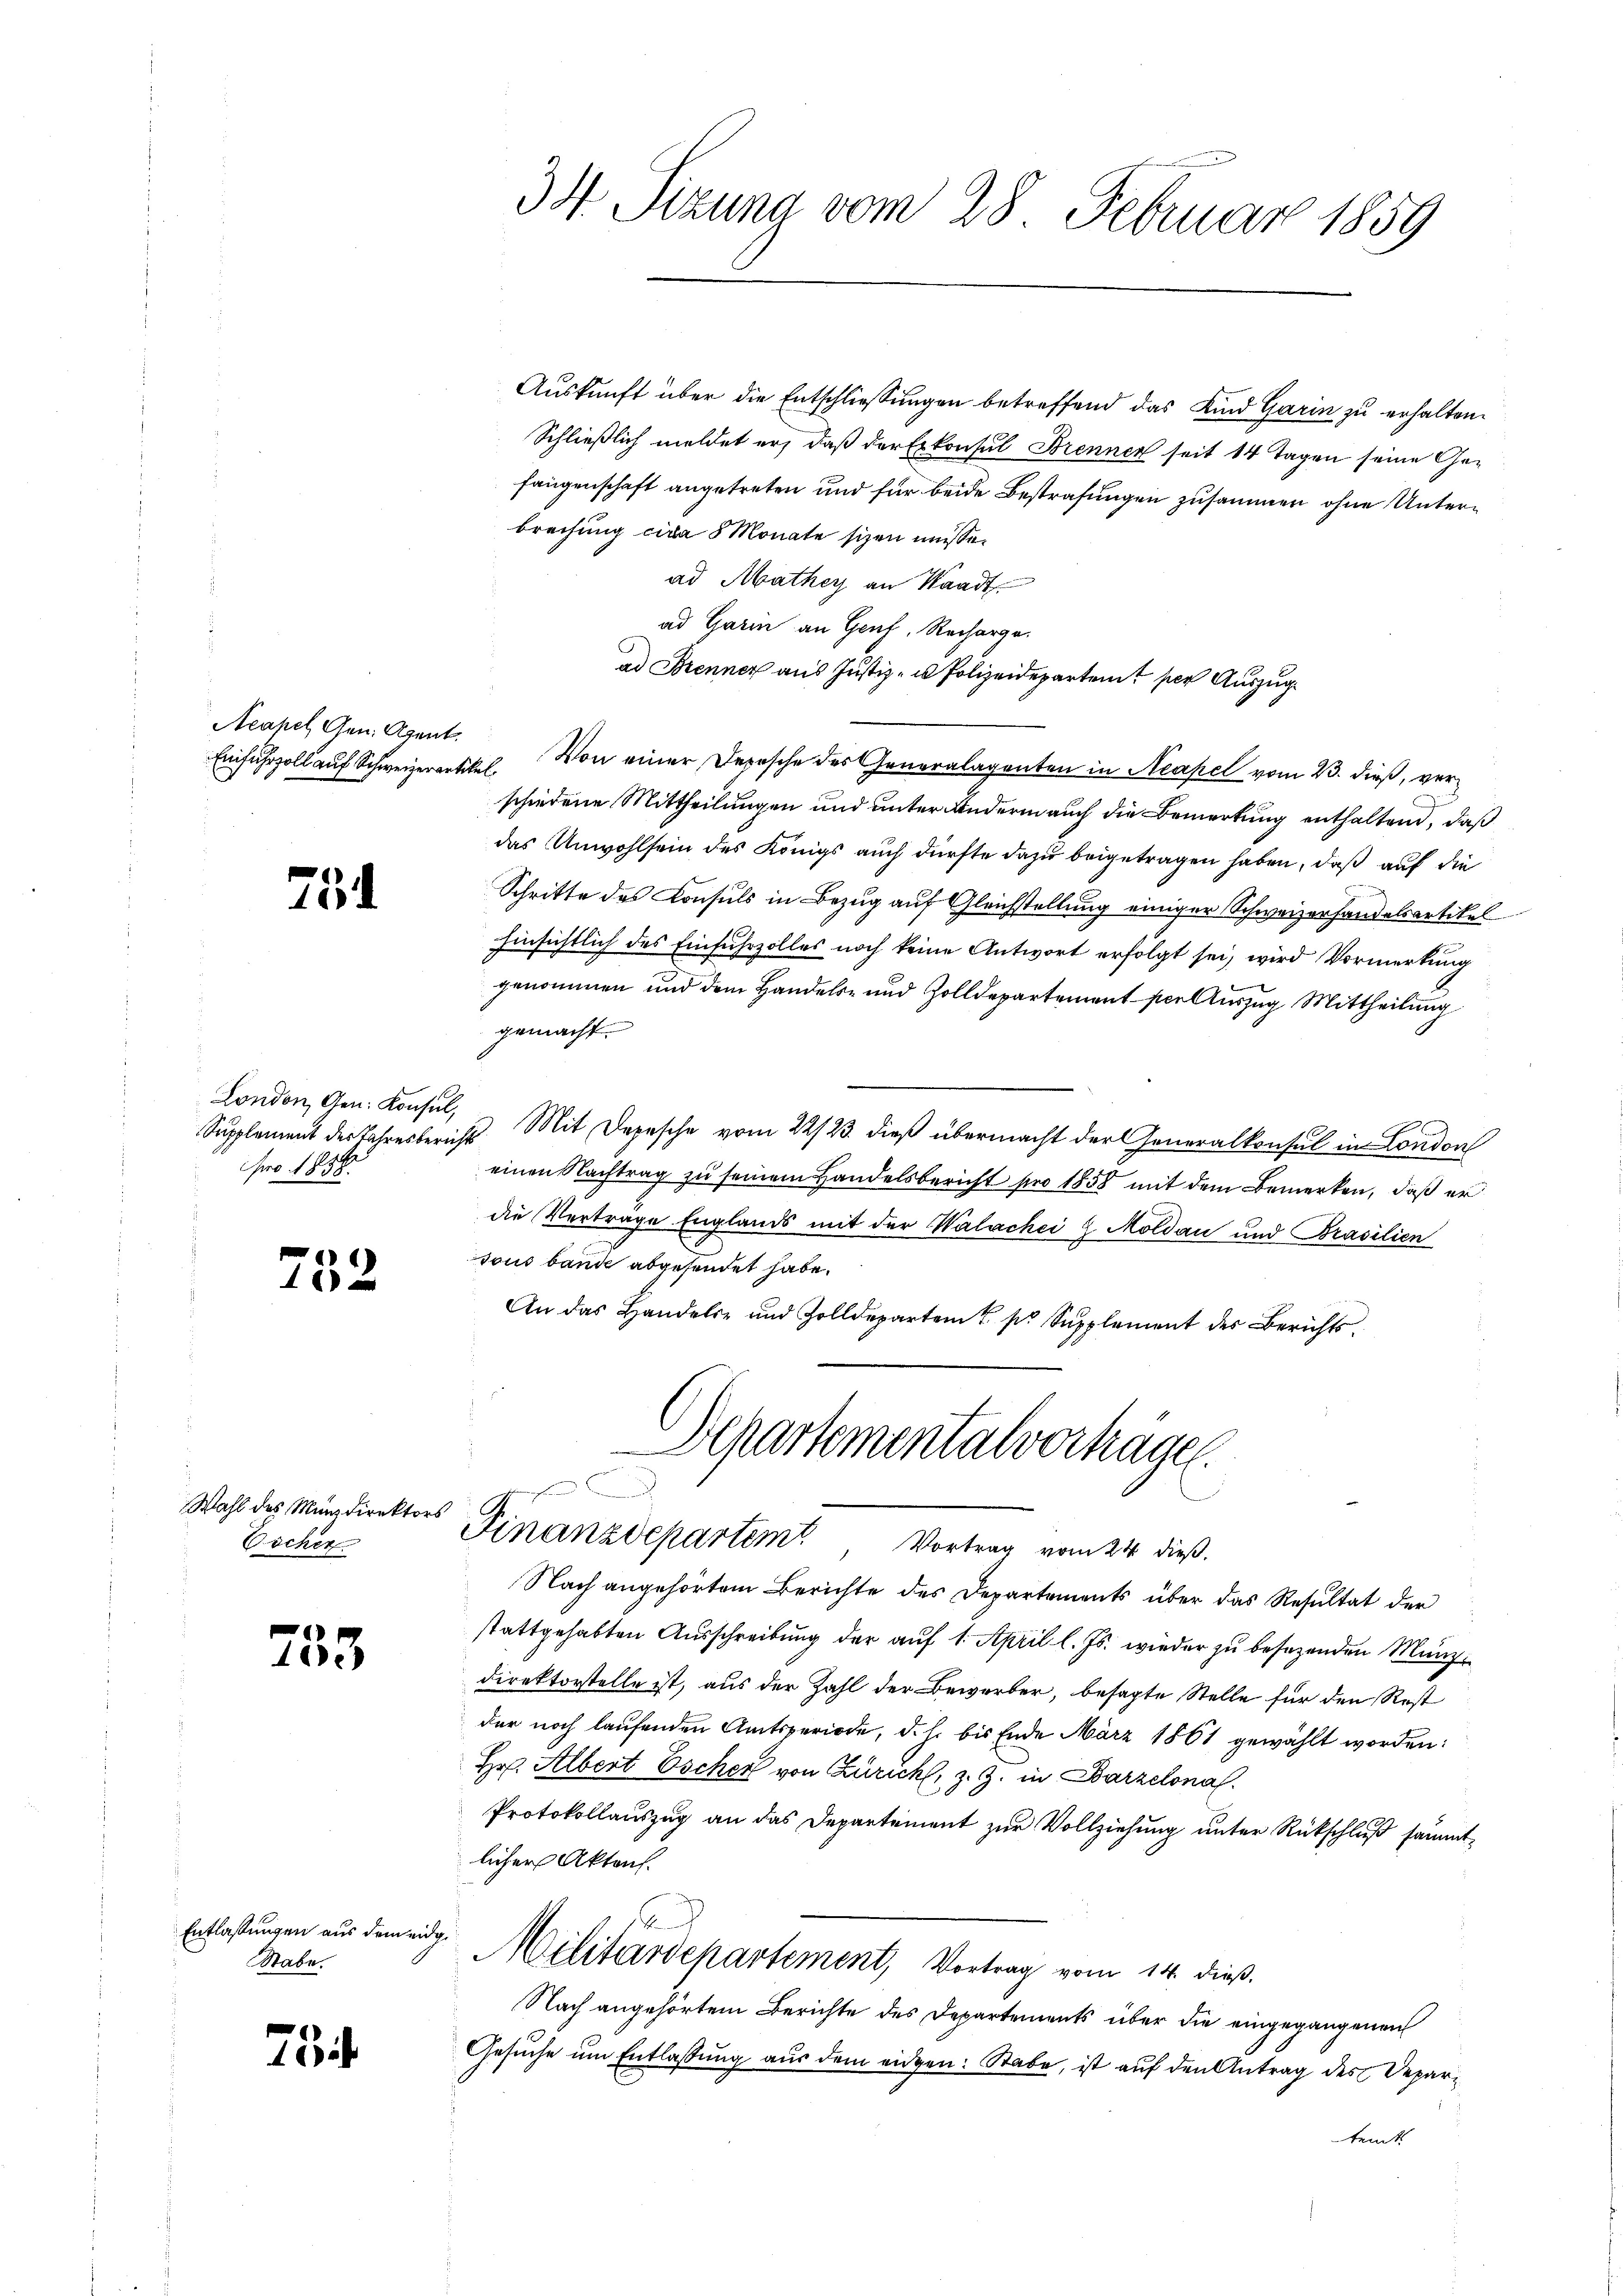
Acapel Gen. Agent.

754

London, Gen. Konsul,
Supplement der Jahresber
ro 1858.

752

253

75

Wahl des Münzdirektors
Escher

Entlassungen aus dem eidg
Stabe.

34 Sizung vom 28. Februar 1859

Auskunft über die Entschliessungen betreffend das Kind Garin zu erhalten.
Schließlich meldet er, daß der Exkonsul Brennen seit 14 Tagen seine Gefangenschaft angetreten und für beide Bestrafungen zusammen ohne Unterbrechung cira 5 Monate sizen müsse.
ad Mathey an Waadt
ad Garin an Genf, Recharge.
ad Brenner aus Justiz- u Polizeidepartent per Auszug
Einfuhrzoll auf Schweizerantikel. Von einer Depesche des Generalagenten in Neapel vom 23. dieß, verschiedene Mittheilungen und unter Andern auch die Bemerkung enthaltend, daß
das Unwohlsein des Königs auch dürfte dazu beigetragen haben, daß auf die
Schritte des Consuls in Bezug auf Gleichstellung einiger Schweizerhandelsartikel
hinsichtlich des Einfuhrzolles noch keine Antwort erfolgt sei, wird Vormerkung
genommen und dem Handels- und Zolldepartement per Auszug Mittheilung
gemacht.
u. Mit Depesche vom 22/23. dieß übermacht der Generalkonsul in London
einen Nachtrag zu seinem Handelsbericht pro 1858 mit dem Bemerken, daß er
die Verträge Englands mit der Walachei & Moldau und Brasilien
sous bande abgesendet habe.
An das Handelte und Zolldeparten u. pr. Supplement des Berichts¬

Departementalverhäge
u
G
Finanzdepartem Vortrag vom 24. dieß.

Nach angehörtem Berichte des Departements über das Resultat der
stattgehabten Ausschreibung der auf 1. April l. Js. wieder zu besezenden Münzdirektorstelle ist, aus der Zahl der Bewerber, besagte Stelle für den Rost
der noch laufenden Amtsperiode, d. h. bis Ende März 1861 gewählt worden:
Hr. Albert Escher von Zürich, z. Z. in Barzelona
Protokollauszug an das Departement zur Vollziehung unter Rückschluß sämmtlicher Aktens
4
 Militärdepartement, Vortrag vom 14. dieß.
Nach angehörtem Berichte des Departements über die eingegangenen
Gesuche um Entlassung aus dem eidgen: Stabe, ist auf den Antrag des Departemt.